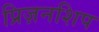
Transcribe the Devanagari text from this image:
प्रिज़नशिप